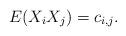
LaTeX: \begin{align*}E(X_i X_j) = c_{i,j}.\end{align*}